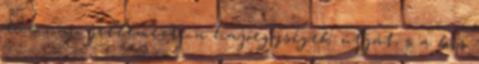
tûzõ nap jellemezte a hajóegységek útját, s a kis